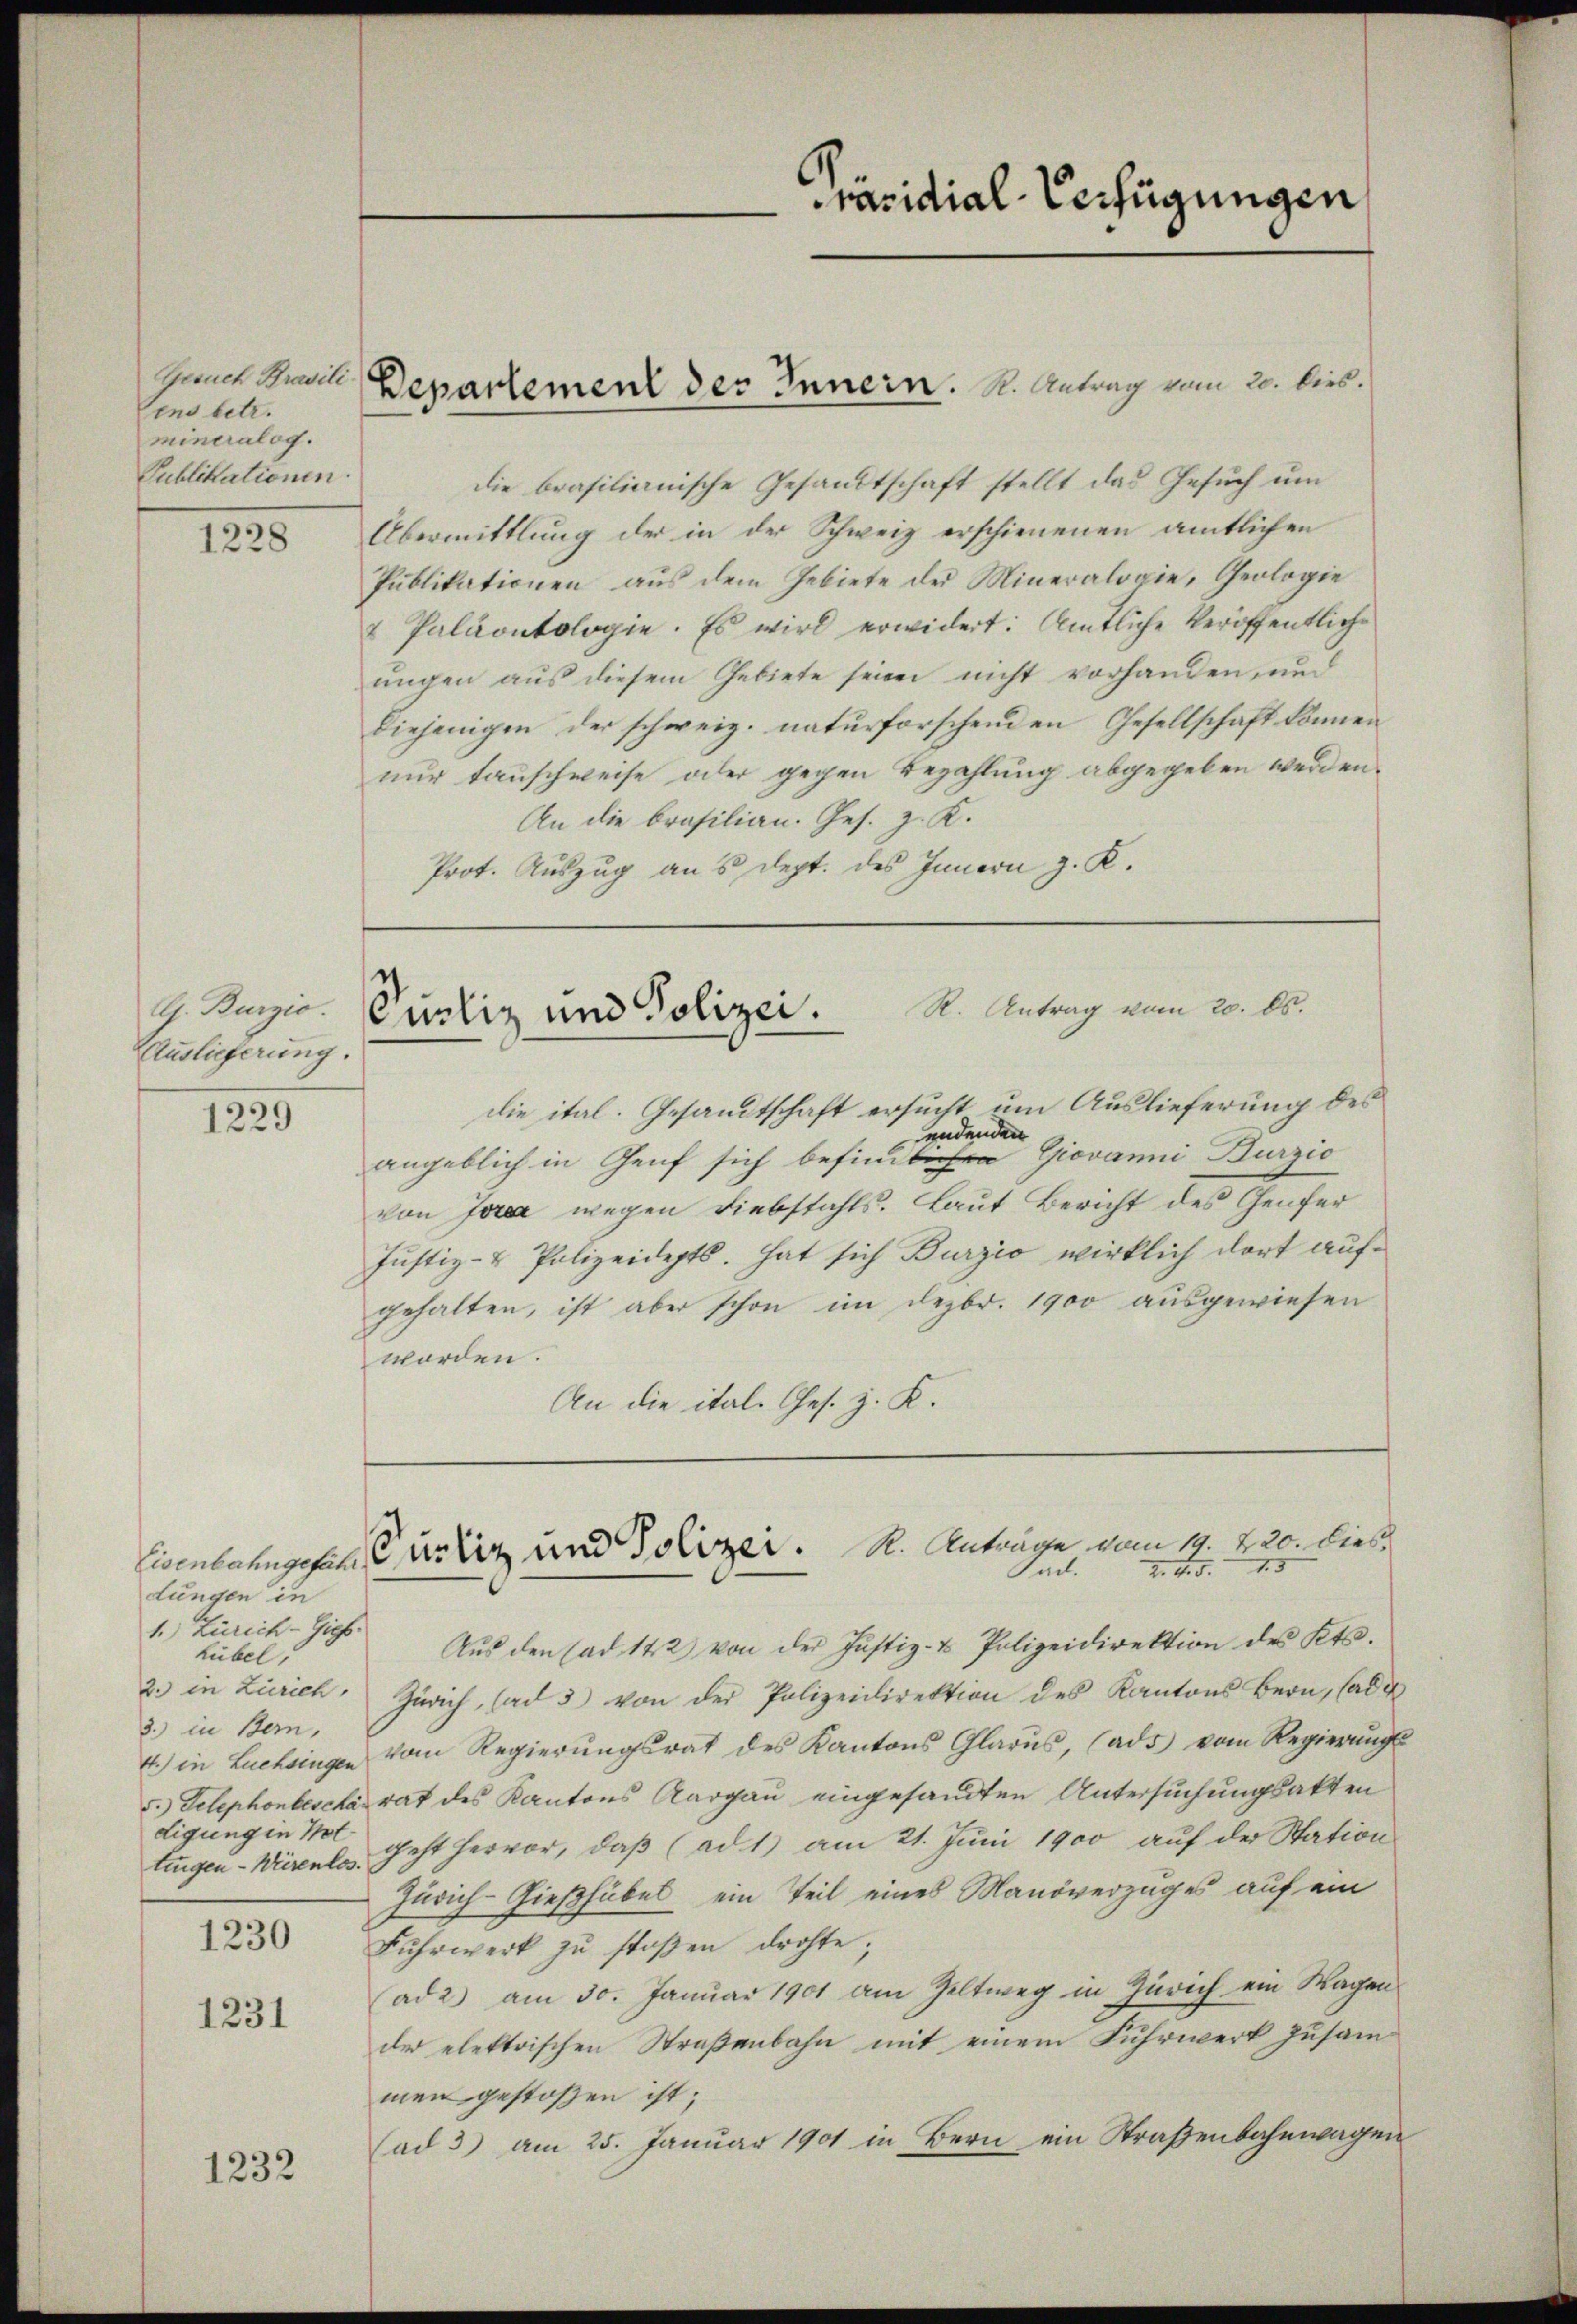
Gesuch Prasili.
sens betr.
minealog.
Publikationen.

1228

G. Burzio.
Auslieferung.

1229

dungen in
1. Zürich-Giehs.
hübel,
2.) in Zürich,
3.) in Bern,
digung in Not

1230
1231

1232

die brasilianische Gesandtschaft stellt das Gesuch um
Übermittlung der in der Schweiz erschienenen amtlichen
Publikationen aus dem Gebiete der Mineralogie, Geologie
& Paläontologie. Es wird erwidert: Amtliche Veröffentliche
ungen aus diesem Gebiete seien nicht vorhanden, und
diejenigen der schweiz. naturforschenden Gesellschaft können
nur tauschweise oder gegen Bezahlung abgegeben werden.
An die Brasilian. Ges. z. K.
Prot. Auszug an 5 Sept. des Innern z. K.

die ital. Gesandtschaft ersucht um Auslieferung des
endenden
angeblich in Genf sich befinde Giovanni Burzio
von Jura wegen Diebstahls. Laut Bericht des Genfer
Justiz- & Polizeidepts. hat sich Burzio wirklich dort aufgehalten, ist aber schon im Dezbr. 1900 ausgewiesen
worden.
An die ital. Ges. z. K.

Departement des Innern. K. Antrag vom 20. dies

Aŭs den (ad 142 von der Justiz- u Polizeidirektion des Kts.
Zürich, (ad 3 von der Polizeidirektion des Kantons Bern, Cade
4.) in Luchsingen vom Regierŭngsrat des Kantons Glarus, (ads vom Regierŭngs-
5. Telephonbescha rat des Kantons Aargau eingesandten Untersuchungsakten
tingen - Würens. Geht hervor, daβ (ad1) am 21. Juni 1900 auf der Station
Zürich-Gießhübel, ein Teil eines Manöverzuges auf ein
Fuhrwerk zu stoßen drohte,
ad 2) am 30. Januar 1901 am Zeltweg in Zürich ein Wagen
der elektrischen Straßenbahn mit einem Fuhrwerk zusammen gestoßen ist;
(ad 3) am 25. Januar 1901 in Bern ein Straßenbahnwagen

Präsidial-Verfügungen

R. Antrag vom 20. ds.
Purliz und Polizei.

Eisenbahngesehe Curti und Polizei. R. Anträge vom 14. 220. dies
Z. 4. 5. 15
Sad.